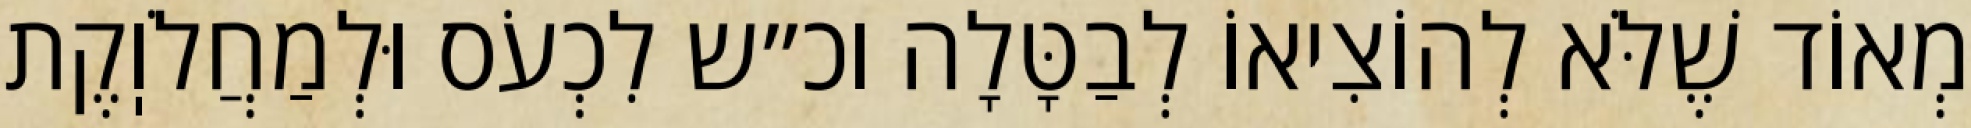
מְאוֹד שֶׁלֹּא לְהוֹצִיאוֹ לְבַטָּלָה וכ״ש לִכְעֹס וּלְמַחֲלֹוֽקֶת